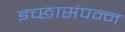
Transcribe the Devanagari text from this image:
इच्छासंपन्न